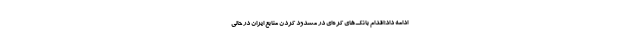
ادامه داد:اقدام بانک‌های کره‌ای در مسدود کردن منابع ایران در حالی